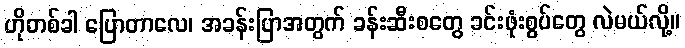
ဟိုတစ်ခါ ပြောတာလေ၊ အခန်းပြာအတွက် ခန်းဆီးစတွေ ခင်းဖုံးစွပ်တွေ လဲမယ်လို့။